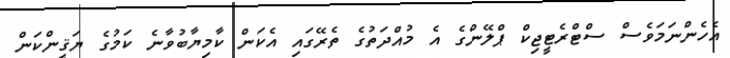
އެހެންނަމަވެސް ސްޓްރެޓީޖިކް ޕްލޭންގެ އެ މުއްދަތުގެ ތެރޭގައި އެކަން ކާމިޔާބުވާނެ ކަމުގެ ޔަޤީންކަން